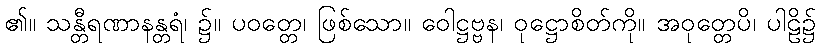
၏။ သန္တီရဏာနန္တရံ၊ ၌။ ပဝတ္တေ၊ ဖြစ်သော။ ဝေါဋ္ဌဗ္ဗန၊ ဝုဋ္ဌောစိတ်ကို။ အဝုတ္တေပိ၊ ပါဠိ၌